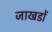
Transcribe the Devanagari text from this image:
जाखडों